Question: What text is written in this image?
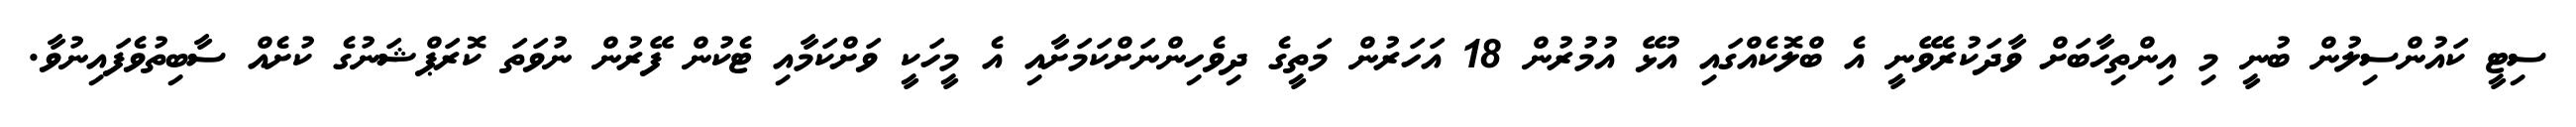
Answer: ސިޓީ ކައުންސިލުން ބުނީ މި އިންތިހާބަށް ވާދަކުރެވޭނީ އެ ބްލޮކެއްގައި އުޅޭ އުމުރުން 18 އަހަރުން މަތީގެ ދިވެހިންނަށްކަމަށާއި އެ މީހަކީ ވަށްކަމާއި ޓެކުން ފޭރުން ނުވަތަ ކޮރަޕްޝަނުގެ ކުށެއް ސާބިތުވެފައިނުވާ.